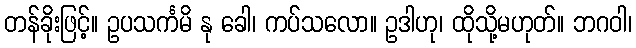
တန်ခိုးဖြင့်။ ဥပသင်္ကမိ နု ခေါ၊ ကပ်သလော။ ဥဒါဟု၊ ထိုသို့မဟုတ်။ ဘဂဝါ၊